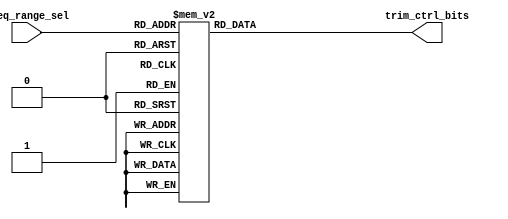
// SPDX-License-Identifier: Apache-2.0
// Copyright (C) 2022 HCL Technologies Ltd.
// Copyright (C) 2022 Blue Cheetah Analog Design, Inc.

module aib_dll_ctrl_logic(
		    	  input      [2:0] freq_range_sel,
		    	  output reg [2:0] trim_ctrl_bits
		         );

always@(*)
 begin
  case(freq_range_sel)
   3'b000 : trim_ctrl_bits = 3'b100;
   3'b001 : trim_ctrl_bits = 3'b101;
   3'b010 : trim_ctrl_bits = 3'b110;
   3'b011 : trim_ctrl_bits = 3'b111;
   3'b100 : trim_ctrl_bits = 3'b000;
   3'b101 : trim_ctrl_bits = 3'b001;
   3'b110 : trim_ctrl_bits = 3'b010;
   3'b111 : trim_ctrl_bits = 3'b011;
  endcase
 end

//========================Frequency LUT======================================
//Freq_range_sel(GHz)  Min    Max        Trim bits(Current trim and cap trim)
//	3'b000         3.2     2.6        3'b100
//	3'b001         2.6     2.1        3'b101
//	3'b010         2.1     1.7        3'b110
//	3'b011         1.7     1.4        3'b111
//	3'b100         1.4     1.1        3'b000
//	3'b101         1.1     0.85       3'b001
//	3'b110         0.85    0.65       3'b010
//	3'b111         0.65    0.50       3'b011
//========================Frequency LUT======================================


endmodule